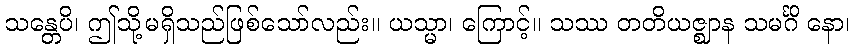
သန္တေပိ၊ ဤသို့မရှိသည်ဖြစ်သော်လည်း။ ယသ္မာ၊ ကြောင့်။ သဿ တတိယဇ္ဈာန သမင်္ဂိ နော၊